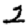
Digit: 2